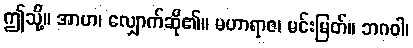
ဤသို့။ အာဟ၊ လျှောက်ဆို၏။ မဟာရာဇ၊ မင်းမြတ်။ ဘဂဝါ၊